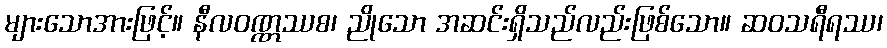
များသောအားဖြင့်။ နီလဝဏ္ဏဿစ၊ ညိုသော အဆင်းရှိသည်လည်းဖြစ်သော။ ဆဝသရီရဿ၊